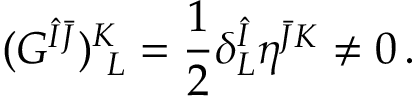
( G ^ { \hat { I } \bar { J } } ) _ { ~ L } ^ { K } = { \frac { 1 } { 2 } } \delta _ { L } ^ { \hat { I } } \eta ^ { \bar { J } K } \neq 0 \, .